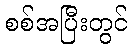
စစ်အပြီးတွင်